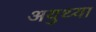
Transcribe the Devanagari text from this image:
अयुथ्या